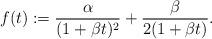
LaTeX: \begin{align*}f(t) := \frac{\alpha}{(1+\beta t)^2}+\frac{\beta}{2(1+\beta t)}.\end{align*}